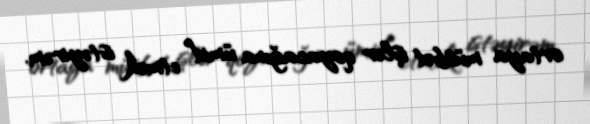
ortaya müsbət işlər qoyacağına ümid etmək istəyirəm.